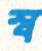
স্ব